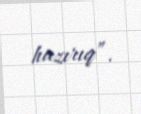
hazırıq”.